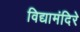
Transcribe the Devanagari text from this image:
विद्यामंदिरे